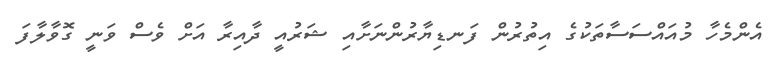
އެންމެހާ މުއައްސަސާތަކުގެ އިތުރުން ފަނޑިޔާރުންނަށާއި ޝަރުއީ ދާއިރާ އަށް ވެސް ވަނީ ގޮވާލާފަ